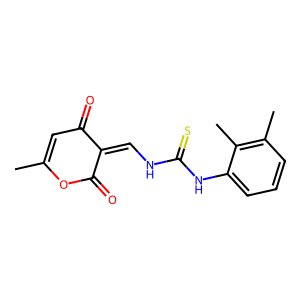
SMILES: CC1=CC(=O)C(=CNC(=S)Nc2cccc(C)c2C)C(=O)O1
Inhibits HIV replication: No